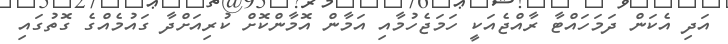
އަދި އެކަން ދަމަހައްޓާ ރާއްޖެއަކީ ހަމަޖެހުމާއި އަމާން އޮމާންކޮށް ކުރިއަށްދާ ގައުމެއްގެ ގޮތުގައި